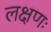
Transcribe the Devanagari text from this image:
लक्षणः